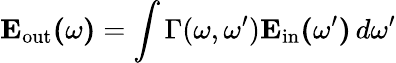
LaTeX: \mathbf{E_{\mathrm{out}}(\omega)}=\int\Gamma(\omega,\omega^{\prime})\mathbf{E_{\mathrm{in}}(\omega^{\prime})}\, d\omega^{\prime}